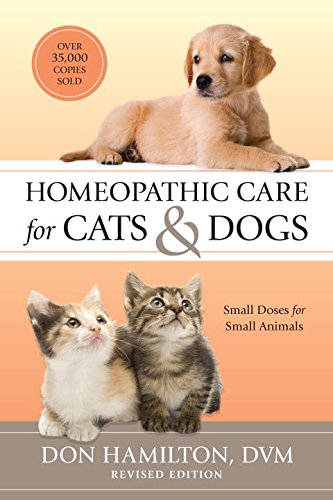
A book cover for Homeopathic Care for Cats and Dogs, Revised Edition: Small Doses for Small Animals; Don Hamilton D.V.M.; Health, Fitness & Dieting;